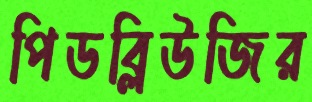
পিডব্লিউজির